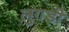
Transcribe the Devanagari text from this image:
लुगड़ी